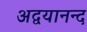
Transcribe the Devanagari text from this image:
अद्वयानन्द